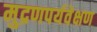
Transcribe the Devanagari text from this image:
मुद्रणपर्यवेक्षण